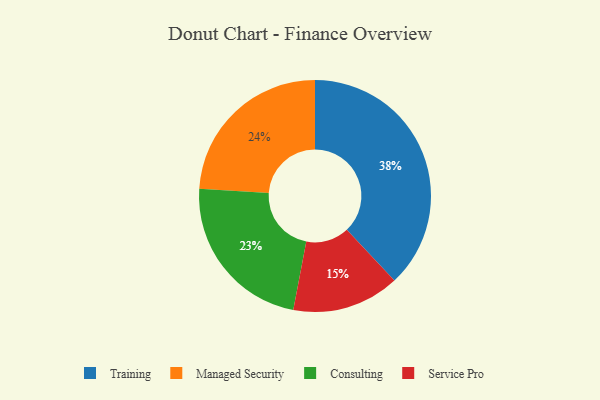
{"axis": {"x": "Category", "y": "Percentage"}, "legend": ["Consulting", "Managed Security", "Service Pro", "Training"], "data": [{"x": "Managed Security", "y": 24, "type": "Managed Security"}, {"x": "Consulting", "y": 23, "type": "Consulting"}, {"x": "Service Pro", "y": 15, "type": "Service Pro"}, {"x": "Training", "y": 38, "type": "Training"}]}